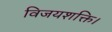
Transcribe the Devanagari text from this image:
विजयशक्ति।